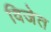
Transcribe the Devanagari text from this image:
विजेत